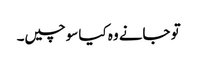
تو جانے وہ کیا سوچیں۔